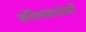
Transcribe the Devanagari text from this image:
काँग्रेसकार्यकर्ते